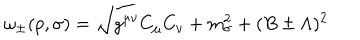
\omega _ { \pm } ( p , \sigma ) = \sqrt { g ^ { \mu \nu } C _ { \mu } C _ { \nu } + m _ { \sigma } ^ { 2 } + ( B \pm \Lambda ) ^ { 2 } }